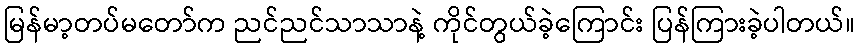
မြန်မာ့တပ်မတော်က ညင်ညင်သာသာနဲ့ ကိုင်တွယ်ခဲ့ကြောင်း ပြန်ကြားခဲ့ပါတယ်။